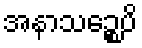
အနာသဉ္စေပိ